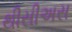
થીસીઅસ